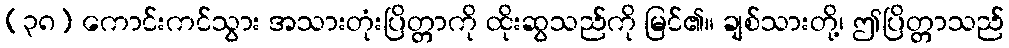
(၃၈) ကောင်းကင်သွား အသားတုံးပြိတ္တာကို ထိုးဆွသည်ကို မြင်၏။ ချစ်သားတို့၊ ဤပြိတ္တာသည်